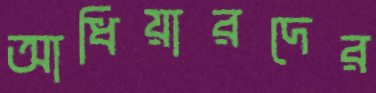
আধিয়ারদের